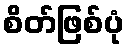
စိတ်ဖြစ်ပုံ